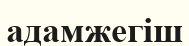
адамжегіш